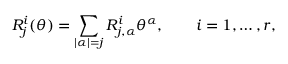
R _ { j } ^ { i } ( \theta ) = \sum _ { | \alpha | = j } R _ { j , \alpha } ^ { i } \theta ^ { \alpha } , \qquad i = 1 , \ldots , r ,